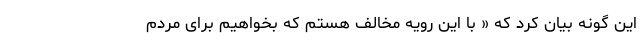
این گونه بیان کرد که « با این رویه مخالف هستم که بخواهیم برای مردم